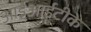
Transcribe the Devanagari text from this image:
आईआईटीके